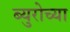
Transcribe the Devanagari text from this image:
ब्युरोच्या